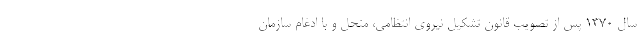
سال ۱۳۷۰ پس از تصویب قانون تشکیل نیروی انتظامی، منحل و با ادغام سازمان